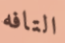
التافه